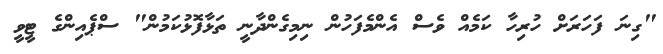
"ގިނަ ފަހަރަށް ހުރިހާ ކަމެއް ވެސް އެންމެފަހުން ނިމިގެންދާނީ ތަޅާފޮޅުކަމުން" ސްޕެއިންގެ ޓީވީ